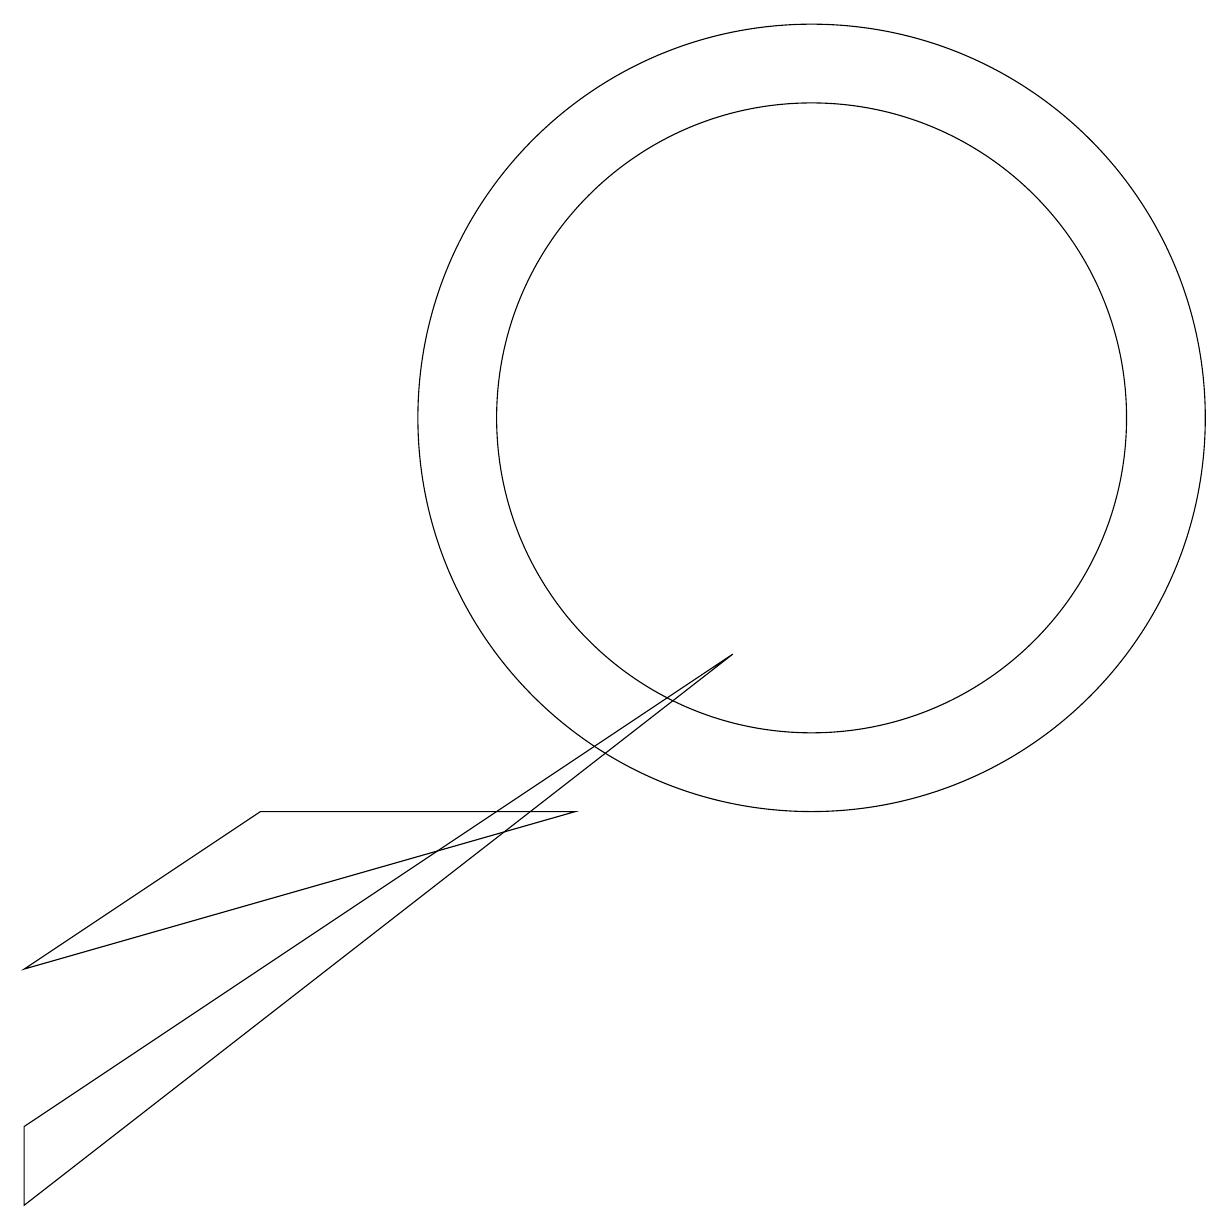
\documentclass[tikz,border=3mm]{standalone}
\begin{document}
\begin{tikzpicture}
\draw (10,10) circle (5);
\draw (9,7) -- (0,0) -- (0,1) -- cycle;
\draw (10,10) circle (4);
\draw (7,5) -- (3,5) -- (0,3) -- cycle;
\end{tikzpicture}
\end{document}